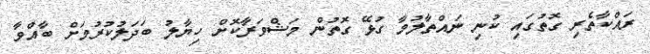
ރައްކާތެރި ގޮތުގައި ކުނި ނައްތާލުމާ ގުޅޭ ގޮތުން މަޝްވަރާކޮށް ހިޔާލު ބަދަލުކުރުމަށް ބާއްވާ